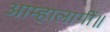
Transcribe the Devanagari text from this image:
आम्हालागीं॥